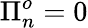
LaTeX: \Pi_{n}^{o}=0